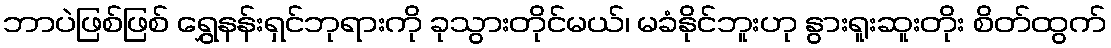
ဘာပဲဖြစ်ဖြစ် ရွှေနန်းရှင်ဘုရားကို ခုသွားတိုင်မယ်၊ မခံနိုင်ဘူးဟု နွားရူးဆူးတိုး စိတ်ထွက်